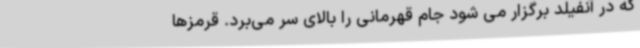
که در آنفیلد برگزار می شود جام قهرمانی را بالای سر می‌برد. قرمزها